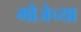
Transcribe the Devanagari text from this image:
मौजेच्या